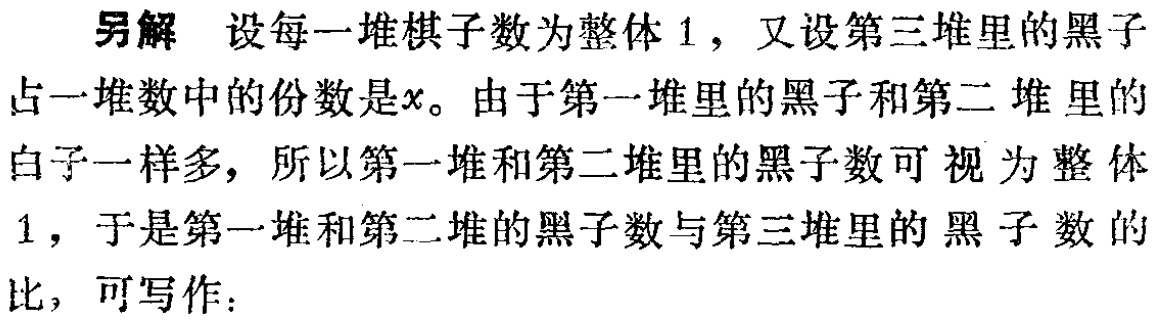
另解 设每一堆棋子数为整体 \(1\)，又设第三堆里的黑子占一堆数中的份数是\(x\)。由于第一堆里的黑子和第二 堆里的白子一样多，所以第一堆和第二堆里的黑子数可视为整体 \(1\)，于是第一堆和第二堆的黑子数与第三堆里的黑子数的比，可写作：